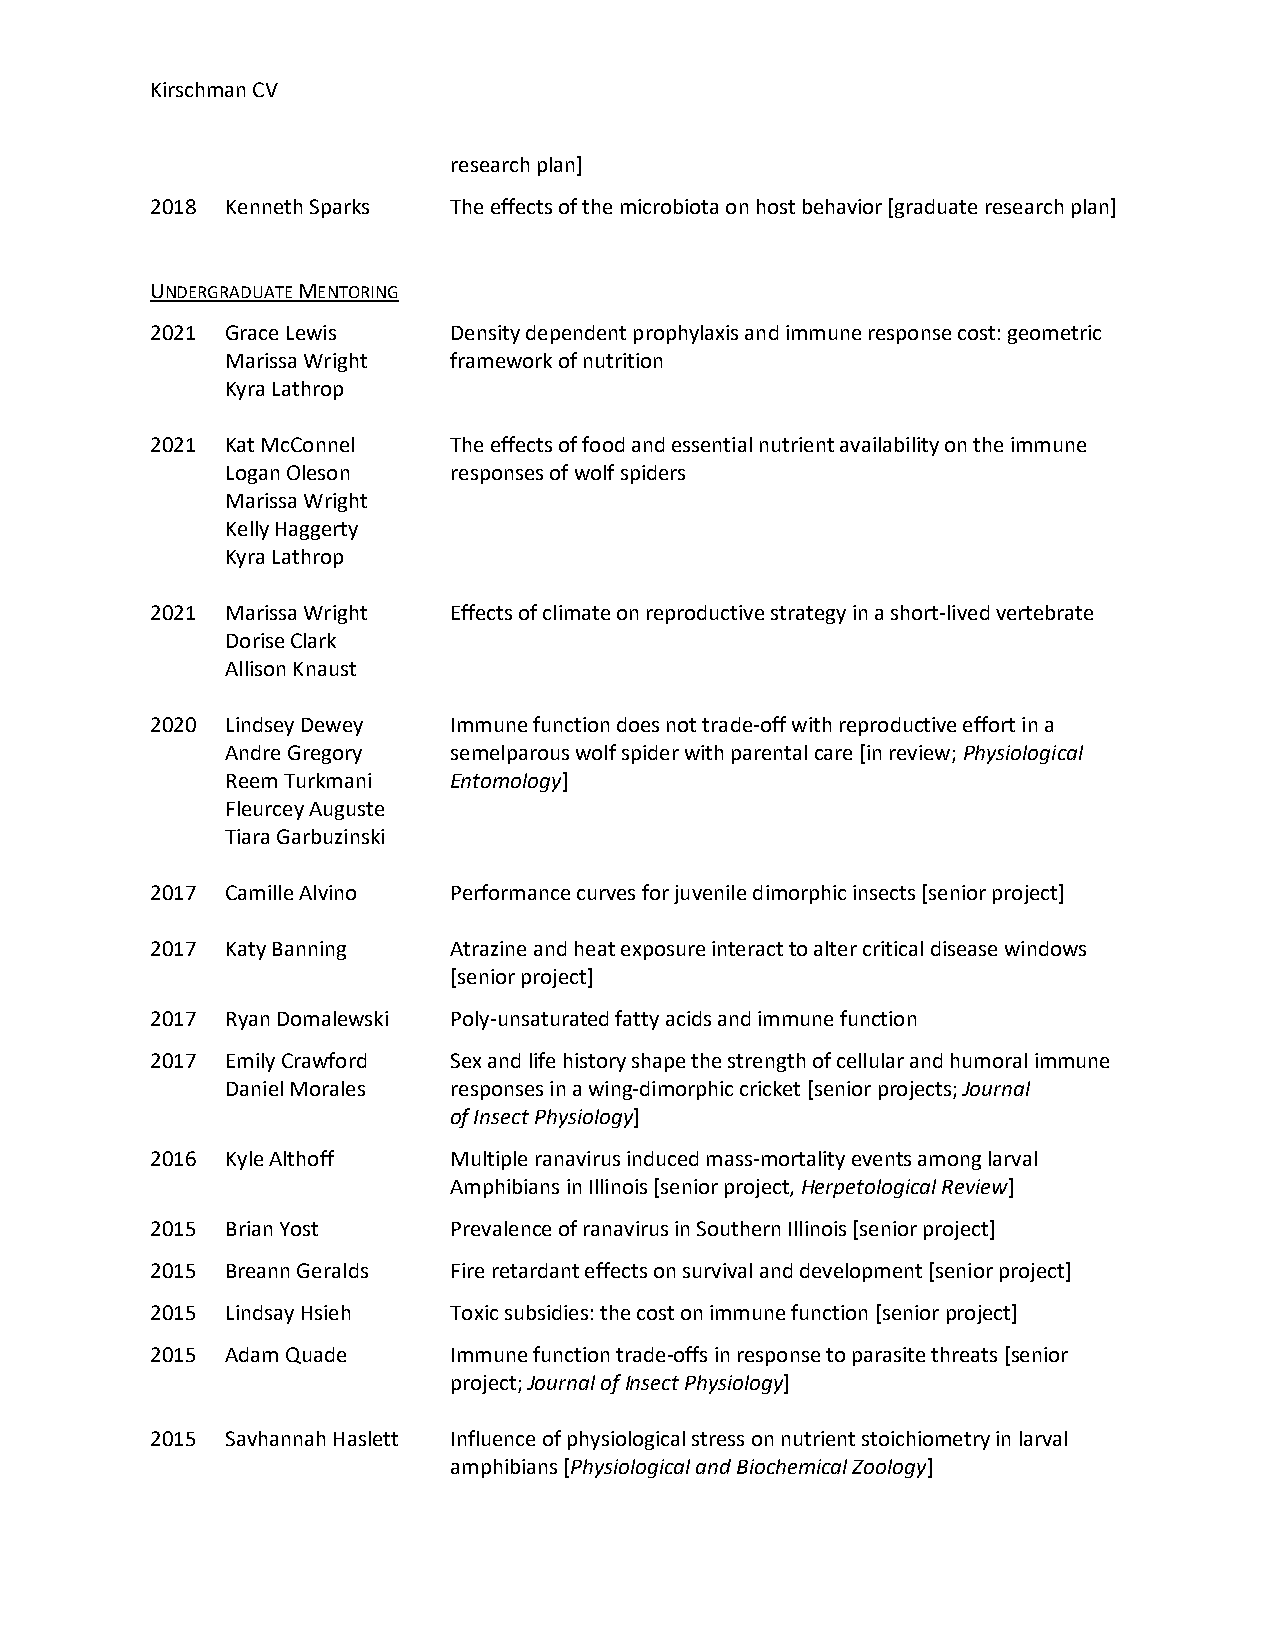
Kirschman CV
 research plan]
 2018 Kenneth Sparks The effects of the microbiota on host behavior [graduate research plan]
 UNDERGRADUATE MENTORING
 2021 Grace Lewis    Density dependent prophylaxis and immune response cost: geometric
 Marissa Wright framework of nutrition
 Kyra Lathrop
 2021 Kat McConnel   The effects of food and essential nutrient availability on the immune
 Logan Oleson   responses of wolf spiders
 Marissa Wright
 Kelly Haggerty
 Kyra Lathrop
 2021 Marissa Wright Effects of climate on reproductive strategy in a short-lived vertebrate
 Dorise Clark
 Allison Knaust
 2020 Lindsey Dewey  Immune function does not trade-off with reproductive effort in a
 Andre Gregory  semelparous wolf spider with parental care [in review; Physiological
 Reem Turkmani  Entomology]
 Fleurcey Auguste
 Tiara Garbuzinski
 2017 Camille Alvino Performance curves for juvenile dimorphic insects [senior project]
 2017 Katy Banning   Atrazine and heat exposure interact to alter critical disease windows
 [senior project]
 2017 Ryan Domalewski Poly-unsaturated fatty acids and immune function
 2017 Emily Crawford Sex and life history shape the strength of cellular and humoral immune
 Daniel Morales responses in a wing-dimorphic cricket [senior projects; Journal
 of Insect Physiology]
 2016 Kyle Althoff   Multiple ranavirus induced mass-mortality events among larval
 Amphibians in Illinois [senior project, Herpetological Review]
 2015 Brian Yost     Prevalence of ranavirus in Southern Illinois [senior project]
 2015 Breann Geralds Fire retardant effects on survival and development [senior project]
 2015 Lindsay Hsieh  Toxic subsidies: the cost on immune function [senior project]
 2015 Adam Quade     Immune function trade-offs in response to parasite threats [senior
 project; Journal of Insect Physiology]
 2015 Savhannah Haslett Influence of physiological stress on nutrient stoichiometry in larval
 amphibians [Physiological and Biochemical Zoology]